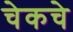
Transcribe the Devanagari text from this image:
चेकचे